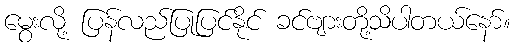
မွေးလို့ ပြန်လည်ပြုပြင်နိုင် ခင်ဗျားတို့သိပါတယ်နော်။